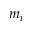
m _ { i }